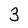
Character: 3